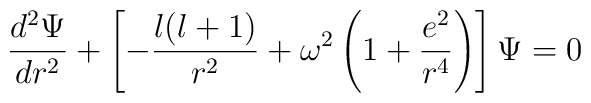
\frac{d^2\Psi}{dr^2} +\left[-\frac{l(l+1)}{r^2}+\omega^2\left(1+\frac{e^2}{r^4}\right)\right]\Psi=0